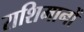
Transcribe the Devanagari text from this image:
राशिमानों